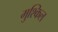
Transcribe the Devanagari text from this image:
मुश्‍किल